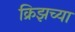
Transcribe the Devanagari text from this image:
क्रिझच्या